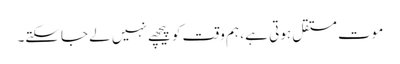
موت مستقل ہوتی ہے ، ہم وقت کو پیچھے نہیں لے جاسکتے۔